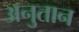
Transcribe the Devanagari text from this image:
अनुतान